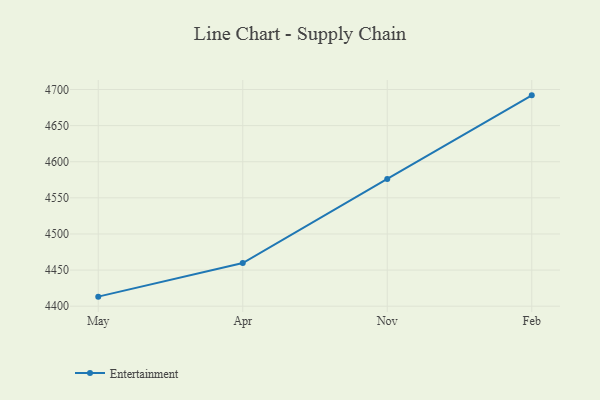
{"axis": {"x": "Month", "y": "Inventory Turnover"}, "legend": ["Entertainment"], "data": [{"x": "May", "y": 4413.2, "type": "Entertainment"}, {"x": "Apr", "y": 4459.8, "type": "Entertainment"}, {"x": "Nov", "y": 4576.2, "type": "Entertainment"}, {"x": "Feb", "y": 4691.9, "type": "Entertainment"}]}